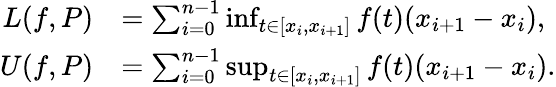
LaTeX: {\begin{array}{rl}{L(f,P)}&{=\sum_{i=0}^{n-1}\operatorname*{inf}_{t\in[x_{i},x_{i+1}]}f(t)(x_{i+1}-x_{i}),}\\ {U(f,P)}&{=\sum_{i=0}^{n-1}\operatorname*{sup}_{t\in[x_{i},x_{i+1}]}f(t)(x_{i+1}-x_{i}).}\end{array}}